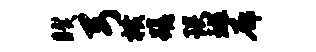
睽弓横蹉琰斑廓